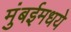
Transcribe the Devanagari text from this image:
मुंबईमधये